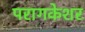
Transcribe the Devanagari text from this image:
परागकेशर